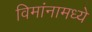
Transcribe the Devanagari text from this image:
विमांनामध्ये